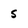
Character: S